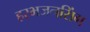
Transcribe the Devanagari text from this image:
हरभजनसिंग